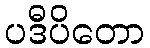
ပဒီပိတော